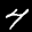
Label: 4